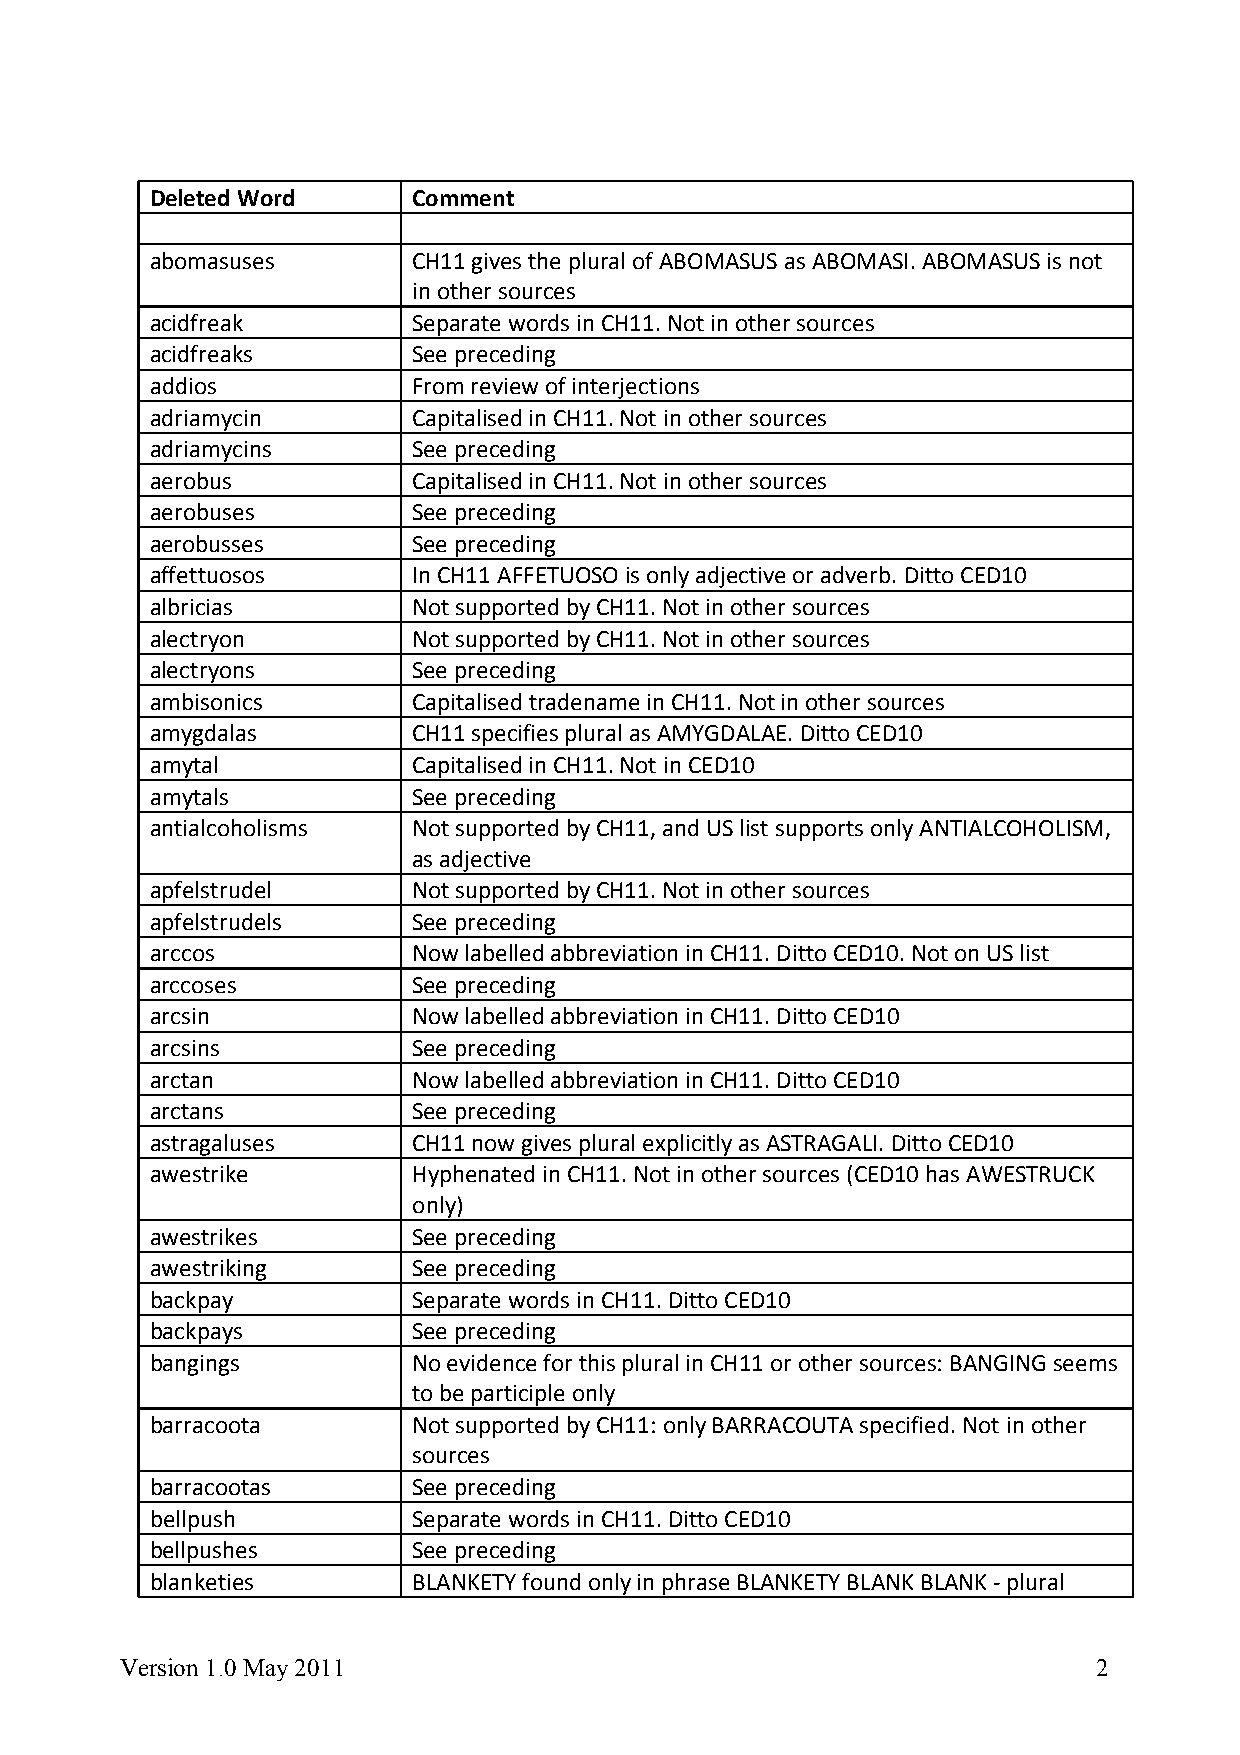
Deleted Word     Comment
 abomasuses       CH11 gives the plural of ABOMASUS as ABOMASI. ABOMASUS is not
 in other sources
 acidfreak        Separate words in CH11. Not in other sources
 acidfreaks       See preceding
 addios           From review of interjections
 adriamycin       Capitalised in CH11. Not in other sources
 adriamycins      See preceding
 aerobus          Capitalised in CH11. Not in other sources
 aerobuses        See preceding
 aerobusses       See preceding
 affettuosos      In CH11 AFFETUOSO is only adjective or adverb. Ditto CED10
 albricias        Not supported by CH11. Not in other sources
 alectryon        Not supported by CH11. Not in other sources
 alectryons       See preceding
 ambisonics       Capitalised tradename in CH11. Not in other sources
 amygdalas        CH11 specifies plural as AMYGDALAE. Ditto CED10
 amytal           Capitalised in CH11. Not in CED10
 amytals          See preceding
 antialcoholisms  Not supported by CH11, and US list supports only ANTIALCOHOLISM,
 as adjective
 apfelstrudel     Not supported by CH11. Not in other sources
 apfelstrudels    See preceding
 arccos           Now labelled abbreviation in CH11. Ditto CED10. Not on US list
 arccoses         See preceding
 arcsin           Now labelled abbreviation in CH11. Ditto CED10
 arcsins          See preceding
 arctan           Now labelled abbreviation in CH11. Ditto CED10
 arctans          See preceding
 astragaluses     CH11 now gives plural explicitly as ASTRAGALI. Ditto CED10
 awestrike        Hyphenated in CH11. Not in other sources (CED10 has AWESTRUCK
 only)
 awestrikes       See preceding
 awestriking      See preceding
 backpay          Separate words in CH11. Ditto CED10
 backpays         See preceding
 bangings         No evidence for this plural in CH11 or other sources: BANGING seems
 to be participle only
 barracoota       Not supported by CH11: only BARRACOUTA specified. Not in other
 sources
 barracootas      See preceding
 bellpush         Separate words in CH11. Ditto CED10
 bellpushes       See preceding
 blanketies       BLANKETY found only in phrase BLANKETY BLANK BLANK - plural
 Version 1.0 May 2011                                             2